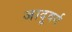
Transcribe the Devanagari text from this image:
जादूवर्ग